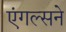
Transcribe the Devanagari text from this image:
एंगल्सने